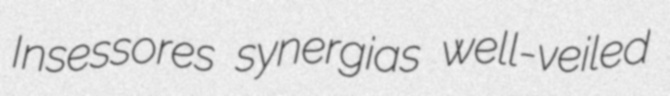
Insessores synergias well-veiled